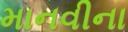
માનવીના